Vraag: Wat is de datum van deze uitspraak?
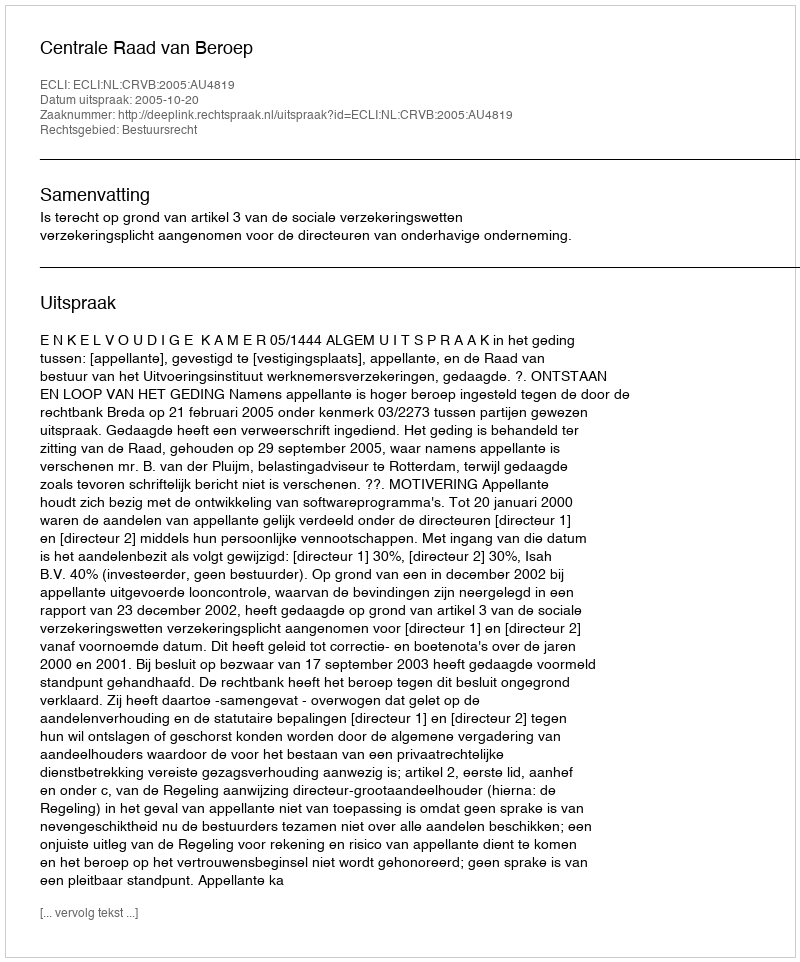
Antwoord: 2005-10-20